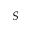
S